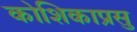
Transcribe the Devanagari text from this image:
कोशिकाप्रसु